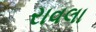
રાવલા